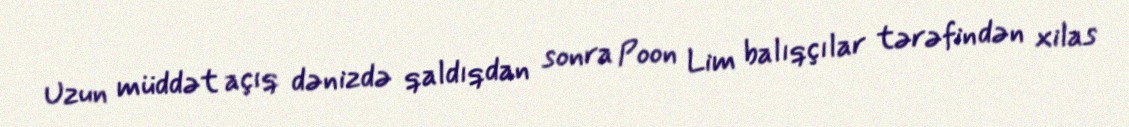
Uzun müddət açıq dənizdə qaldıqdan sonra Poon Lim balıqçılar tərəfindən xilas